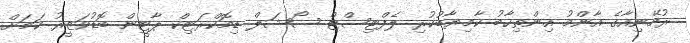
ރުމޭނިއާގެ އާންމު އިންތިޚާބު ކާމިޔާބުކުރި ލެފްޓިސްޓް ސޯޝަލް ޑިމޮކްރަޓިކް ޕާޓީން ބޮޑުވަޒީރު ކަމަށް